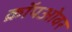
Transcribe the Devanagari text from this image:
क्रॉपओवर